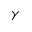
\gamma